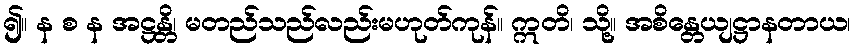
၍။ န စ န အဋ္ဌန္တိ၊ မတည်သည်လည်းမဟုတ်ကုန်။ ဣတိ၊ သို့။ အစိန္တေယျဋ္ဌာနတာယ၊